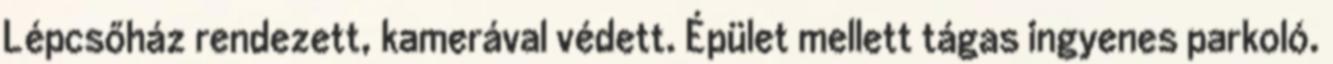
Lépcsőház rendezett, kamerával védett. Épület mellett tágas ingyenes parkoló.